Document type: Sale
Year: 1461
Scribe: [Unknown]
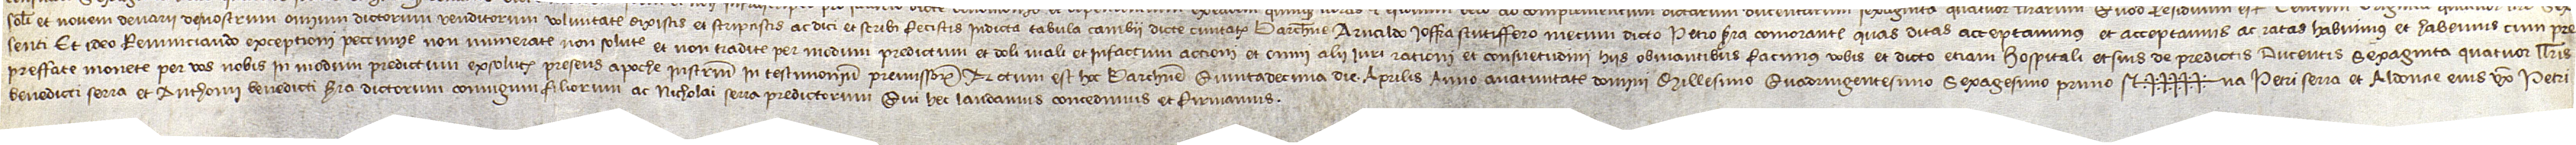
solidos et novem denarii de nostrum omnium dictorum venditorum voluntatem dixistis et scripsistis ac dici et scribi fecistis in dicta tabula cambii dicte civitatis Barchinone Arnaldo Ioffra, scutiffero mecum dicto Petro Serra comorante. Quas dictas acceptavimus et acceptamus ac ratas habuimus et habemus cum pre-